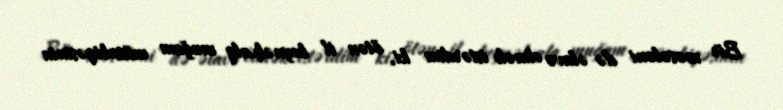
Bir məsələni də əlavə etmək istərdim ki, ötən il beynəlxalq muğam müsabiqəsinin